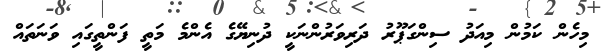
މިހެން ކަމުން މިއަދު ސިންގަޕޫރު ދަރިވަރުންނަކީ ދުނިޔޭގެ އެންމެ މަތީ ފަންތީގައި ވަނަތައް